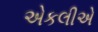
એકલીએ